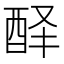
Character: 𰼅